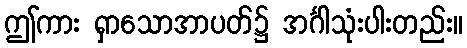
ဤကား ရှာသောအာပတ်၌ အင်္ဂါသုံးပါးတည်း။